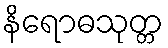
နိရောဓသုတ္တ